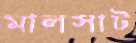
মালসাট